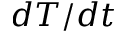
d T / d t